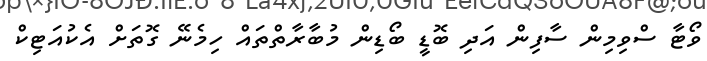
ވޯޓާ ސްވިމިން ސާފިން އަދި ބޮޑީ ބޯޑިން މުބާރާތްތައް ހިމެނޭ ގޮތަށް އެކުއަޓިކް